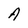
Character: A